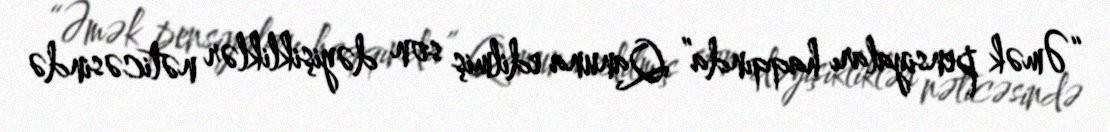
“Əmək pensiyaları haqqında” Qanuna edilmiş son dəyişikliklər nəticəsində